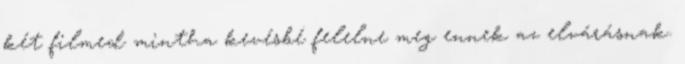
két filmed mintha kevésbé felelne meg ennek az elvárásnak.